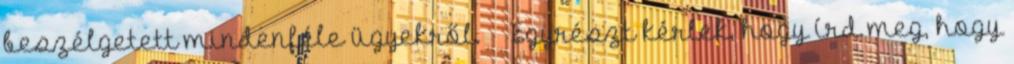
beszélgetett mindenféle ügyekről. Egyrészt kérlek, hogy írd meg, hogy